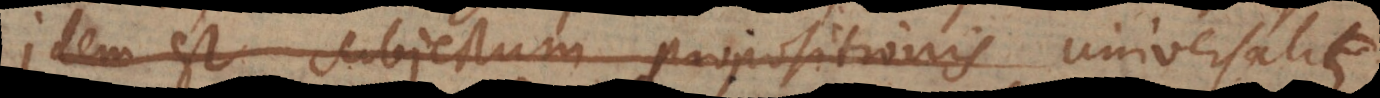
dem est subjectum propositionis universalis